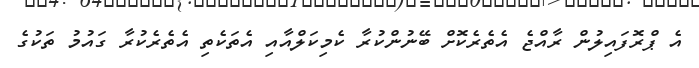
އެ ޕްރޮފައިލުން ރާއްޖެ އެތެރެކޮށް ބޭނުންކުރާ ކެމިކަލްއާއި އެތަކެތި އެތެރެކުރާ ގައުމު ތަކުގެ